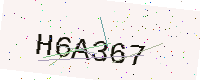
Text: H6A367